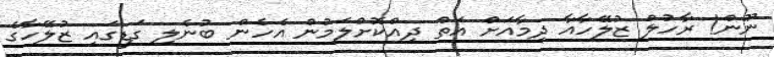
ނޫން! ރާހުލް ޒުލޭހާއާ ދިމާއަށް އަތް ދިއްކޮށްލަމުން އެހެން ބުނެލި ގަޑީގައި ޒުލޭހާގެ